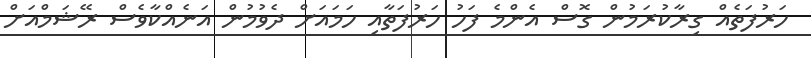
ހަރުފަތެއް ގިރާކުރަމުން ގޮސް އެންމެ ފަހު ހަރުފަތާއި ހަމައަށް ދެވުމުން އަނެއްކާވެސް ރޭޝަމްއަށް